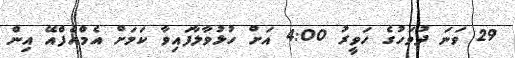
29 ވަނަ ދުވަހުގެ ހަވީރު 4:00 އަށް ހުޅުވާލާފައިވާ ކަމަށް އެމްއެފްއޭ އިން